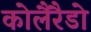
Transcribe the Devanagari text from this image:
कोलैरैडो